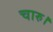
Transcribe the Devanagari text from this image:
चारु।